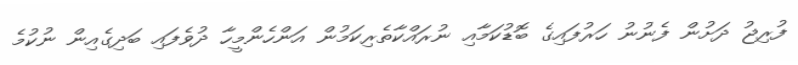
ފުރިޖު ދަށުން ފެނުނު ހަރުފައިގެ ބޮޑުކަމާއި ނުރައްކާތެރިކަމުން އަންހެންމީހާ ދުވެފައި ބަދިގެއިން ނުކުމެ